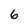
Character: 6